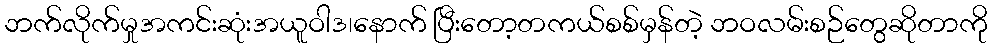
ဘက်လိုက်မှုအကင်းဆုံးအယူဝါဒ၊နောက် ပြီးတော့တကယ်စစ်မှန်တဲ့ ဘဝလမ်းစဉ်တွေဆိုတာကို